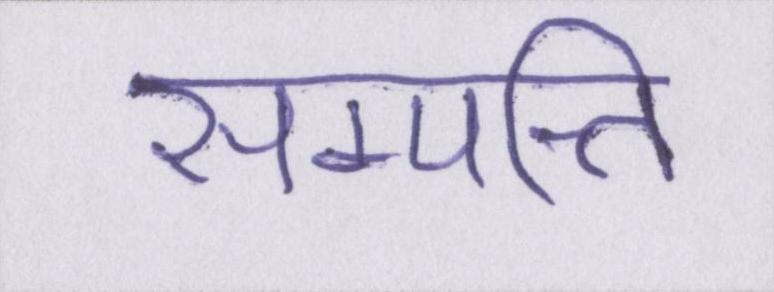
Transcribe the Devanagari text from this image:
सम्पत्ति